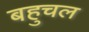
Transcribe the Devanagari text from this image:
बहुचल